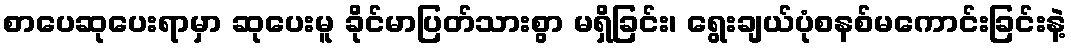
စာပေဆုပေးရာမှာ ဆုပေးမူ ခိုင်မာပြတ်သားစွာ မရှိခြင်း၊ ရွေးချယ်ပုံစနစ်မကောင်းခြင်းနဲ့